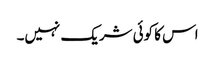
اس کا کوئی شریک نہیں۔